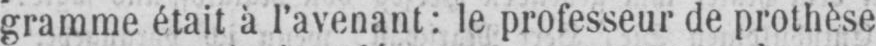
gramme était à l’avenant: le professeur de prothèse